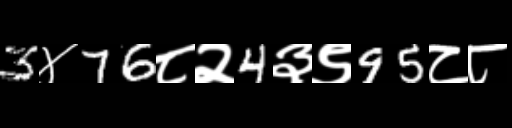
Text: 3४76८२4३९95८८